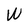
Character: W